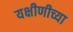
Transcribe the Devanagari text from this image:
यक्षीणीच्या